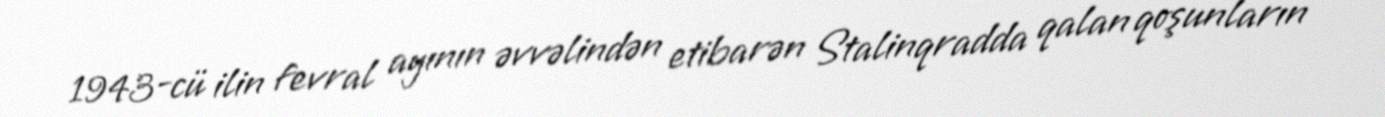
1943-cü ilin fevral ayının əvvəlindən etibarən Stalinqradda qalan qoşunların